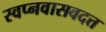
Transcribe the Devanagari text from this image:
स्वप्नवासवदत्त